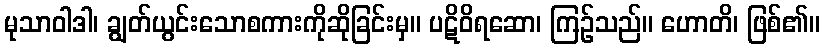
မုသာဝါဒါ၊ ချွတ်ယွင်းသောစကားကိုဆိုခြင်းမှ။ ပဋိဝိရဆော၊ ကြဉ်သည်။ ဟောတိ၊ ဖြစ်၏။